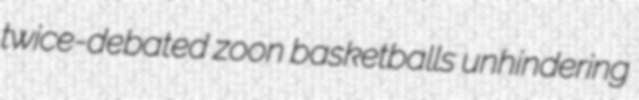
twice-debated zoon basketballs unhindering